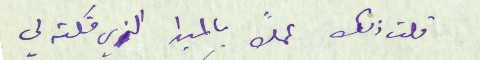
قلت ذلك عملاً بالمبدا الذي قلته لي